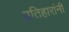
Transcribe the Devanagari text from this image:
प्रतिहारांनी